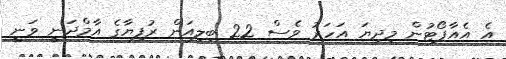
އެ އެއާޕޯޓުން މިދިޔަ އަހަރު ވެސް 22 ބިލިއަން ރުފިޔާގެ އާމްދަނީ ވަނީ